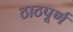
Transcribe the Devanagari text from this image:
ठाठपूर्ण